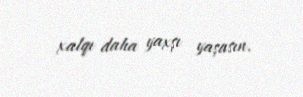
xalqı daha yaxşı yaşasın.